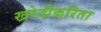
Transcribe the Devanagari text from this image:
खरेदीकरिता